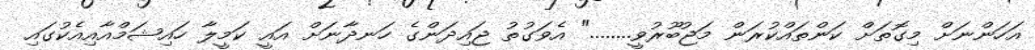
އަހަންނަށް މިގޮތަށް ކަންތައްކުރަން މަޖުބޫރުވީ........" އެވަގުތު ޖައިދަންގެ ހަނދާނަށް އައީ ކަމީލާ ހައިޝަމްއާއިއެކުގައި